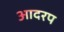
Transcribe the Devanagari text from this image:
आदरप